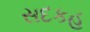
સદકહ